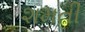
શમતી